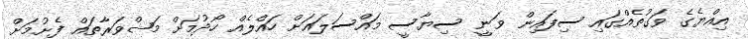
އިއްޔެގެ ވަގުތެއްގައި ސިފައިން ވަނީ ސިޔާސީ މައްސަލައަށް ހައްލެއް ހޯދުމަށް މަޝްވަރާތައް ފެށުމަށް